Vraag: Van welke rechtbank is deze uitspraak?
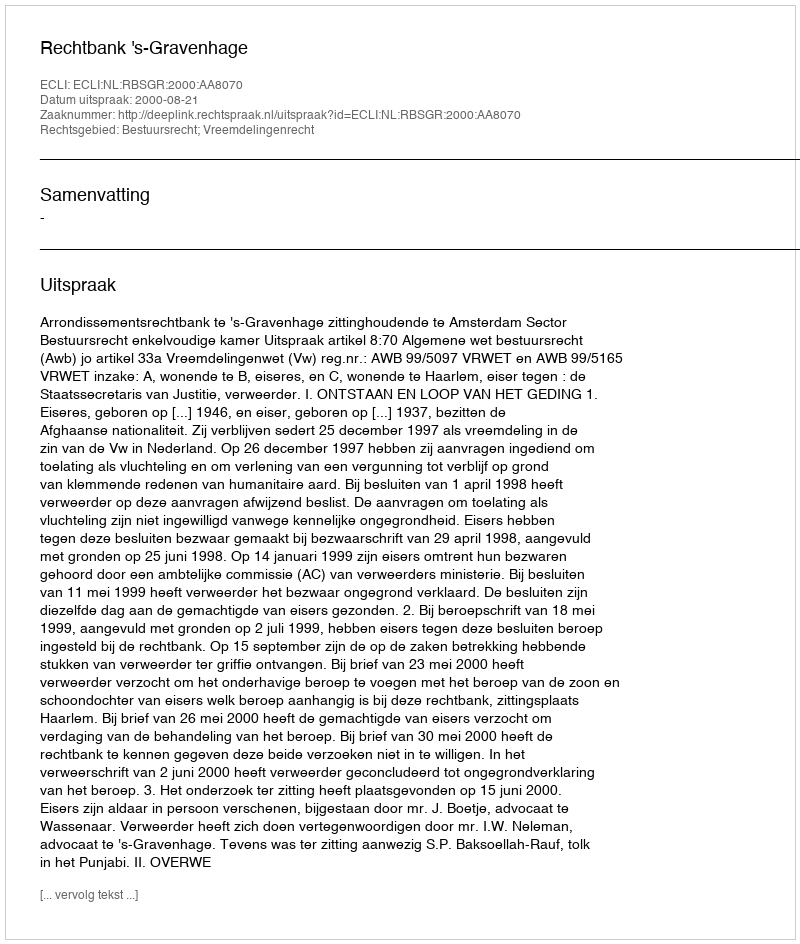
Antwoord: Rechtbank 's-Gravenhage